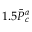
1 . 5 \Bar { P } _ { c } ^ { a }